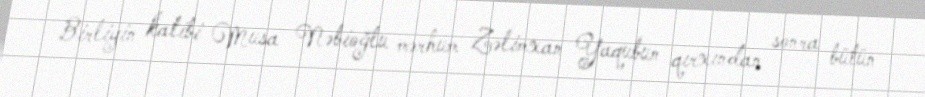
Birliyin katibi Musa Nəbioğlu mərhum Zəlimxan Yaqubun qırxından sonra bütün